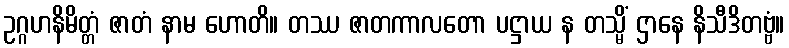
ဥဂ္ဂဟနိမိတ္တံ ဇာတံ နာမ ဟောတိ။ တဿ ဇာတကာလတော ပဋ္ဌာယ န တသ္မိံ ဌာနေ နိသီဒိတဗ္ဗံ။